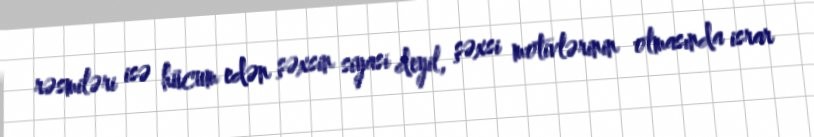
rəsmiləri isə hücum edən şəxsin siyasi deyil, şəxsi motivlərinin olmasında israr